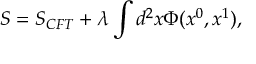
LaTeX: S = S _ { C F T } + \lambda \int d ^ { 2 } x \Phi ( x ^ { 0 } , x ^ { 1 } ) ,